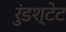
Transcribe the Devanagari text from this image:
रुंडश्टेट